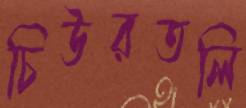
চিউরতলি